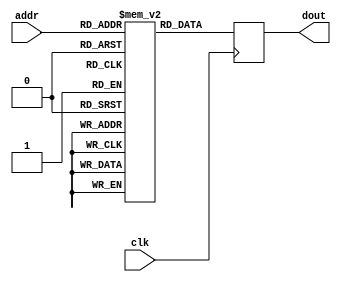
module music1(
	input		  [4:0]  addr,
	input			   	 clk,
	output reg [19:0] dout
);

	reg [19:0] memarray [30:0];
		
	initial begin //(50,000,000/x)/2
		memarray[0]  = 20'd37_921;
		memarray[1]  = 20'd37_921;
		memarray[2] = 20'd37_921;
		memarray[3] = 20'd47_778;
		memarray[4] = 20'd37_921;
		memarray[5] = 20'd31_888;
		memarray[6] = 20'd31_888;
		memarray[7] = 20'd63_775;
		memarray[8] = 20'd63_775;
		memarray[9] = 20'd47_778;
		memarray[10] = 20'd63_775;
		memarray[11] = 20'd75_842;
		memarray[12] = 20'd75_842;
		memarray[13] = 20'd56_818;
		memarray[14] = 20'd53_629;
		memarray[15] = 20'd56_818;
		memarray[16] = 20'd56_818;
		memarray[17] = 20'd63_775;
		memarray[18] = 20'd37_921;
		memarray[19] = 20'd31_888;
		memarray[20] = 20'd28_409;
		memarray[21] = 20'd28_409;
		memarray[22] = 20'd35_793;
		memarray[23] = 20'd35_793;
		memarray[24] = 20'd31_888;
		memarray[25] = 20'd37_921;
		memarray[26] = 20'd47_778;
		memarray[27] = 20'd42_565;
		memarray[28] = 20'd50_607;
		memarray[29] = 20'd50_607;
		memarray[30] = 20'd50_607;
	end

	always @(posedge clk)
		dout <= memarray[addr];

endmodule


module music2(
	input		  [4:0]  addr,
	input			   	 clk,
	output reg [19:0] dout
);

	reg [19:0] memarray [30:0];
		
	initial begin //(50,000,000/x)/2
		memarray[0]  = 20'd57_921;
		memarray[1]  = 20'd57_921;
		memarray[2] = 20'd57_921;
		memarray[3] = 20'd67_778;
		memarray[4] = 20'd57_921;
		memarray[5] = 20'd51_888;
		memarray[6] = 20'd51_888;
		memarray[7] = 20'd83_775;
		memarray[8] = 20'd83_775;
		memarray[9] = 20'd67_778;
		memarray[10] = 20'd83_775;
		memarray[11] = 20'd95_842;
		memarray[12] = 20'd95_842;
		memarray[13] = 20'd76_818;
		memarray[14] = 20'd73_629;
		memarray[15] = 20'd76_818;
		memarray[16] = 20'd76_818;
		memarray[17] = 20'd83_775;
		memarray[18] = 20'd57_921;
		memarray[19] = 20'd51_888;
		memarray[20] = 20'd48_409;
		memarray[21] = 20'd48_409;
		memarray[22] = 20'd55_793;
		memarray[23] = 20'd55_793;
		memarray[24] = 20'd51_888;
		memarray[25] = 20'd57_921;
		memarray[26] = 20'd67_778;
		memarray[27] = 20'd62_565;
		memarray[28] = 20'd70_607;
		memarray[29] = 20'd70_607;
		memarray[30] = 20'd70_607;
	end

	always @(posedge clk)
		dout <= memarray[addr];

endmodule


module music3(
	input		  [4:0]  addr,
	input			   	 clk,
	output reg [19:0] dout
);

	reg [19:0] memarray [30:0];
		
	initial begin //(50,000,000/x)/2
		memarray[0]  = 20'd27_921;
		memarray[1]  = 20'd27_921;
		memarray[2] = 20'd27_921;
		memarray[3] = 20'd37_778;
		memarray[4] = 20'd27_921;
		memarray[5] = 20'd21_888;
		memarray[6] = 20'd21_888;
		memarray[7] = 20'd53_775;
		memarray[8] = 20'd53_775;
		memarray[9] = 20'd37_778;
		memarray[10] = 20'd53_775;
		memarray[11] = 20'd65_842;
		memarray[12] = 20'd65_842;
		memarray[13] = 20'd46_818;
		memarray[14] = 20'd43_629;
		memarray[15] = 20'd46_818;
		memarray[16] = 20'd46_818;
		memarray[17] = 20'd53_775;
		memarray[18] = 20'd27_921;
		memarray[19] = 20'd21_888;
		memarray[20] = 20'd20_409;
		memarray[21] = 20'd20_409;
		memarray[22] = 20'd25_793;
		memarray[23] = 20'd25_793;
		memarray[24] = 20'd21_888;
		memarray[25] = 20'd27_921;
		memarray[26] = 20'd37_778;
		memarray[27] = 20'd32_565;
		memarray[28] = 20'd40_607;
		memarray[29] = 20'd40_607;
		memarray[30] = 20'd40_607;
	end

	always @(posedge clk)
		dout <= memarray[addr];

endmodule